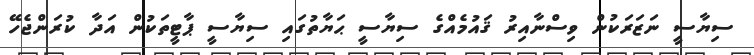
ސިޔާސީ ނަޒަރަކުން ވިސްނާއިރު ޤައުމެއްގެ ސިޔާސީ ޙަޔާތުގައި ސިޔާސީ ޕާޓީތަކުން އަދާ ކުރަންޖެހޭ